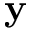
{ \bf y }